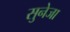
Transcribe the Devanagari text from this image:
सुनेजा